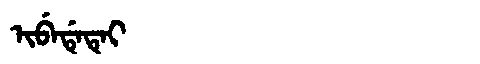
Manchu: ᡳᠪᡝᡩᡝᡨᡝᡳ
Romanization: IBEDETEI